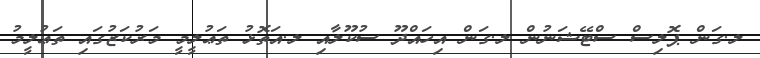
ލ.ގަން ޕޮލިސް ސްޓޭޝަނުން ލ.ގަން އިހައްދޫ ސުކޫލާއި ލ.އަތޮޅު ތަޢުލީމީ މަރުކަޒުގައި ތަޢުލީމު